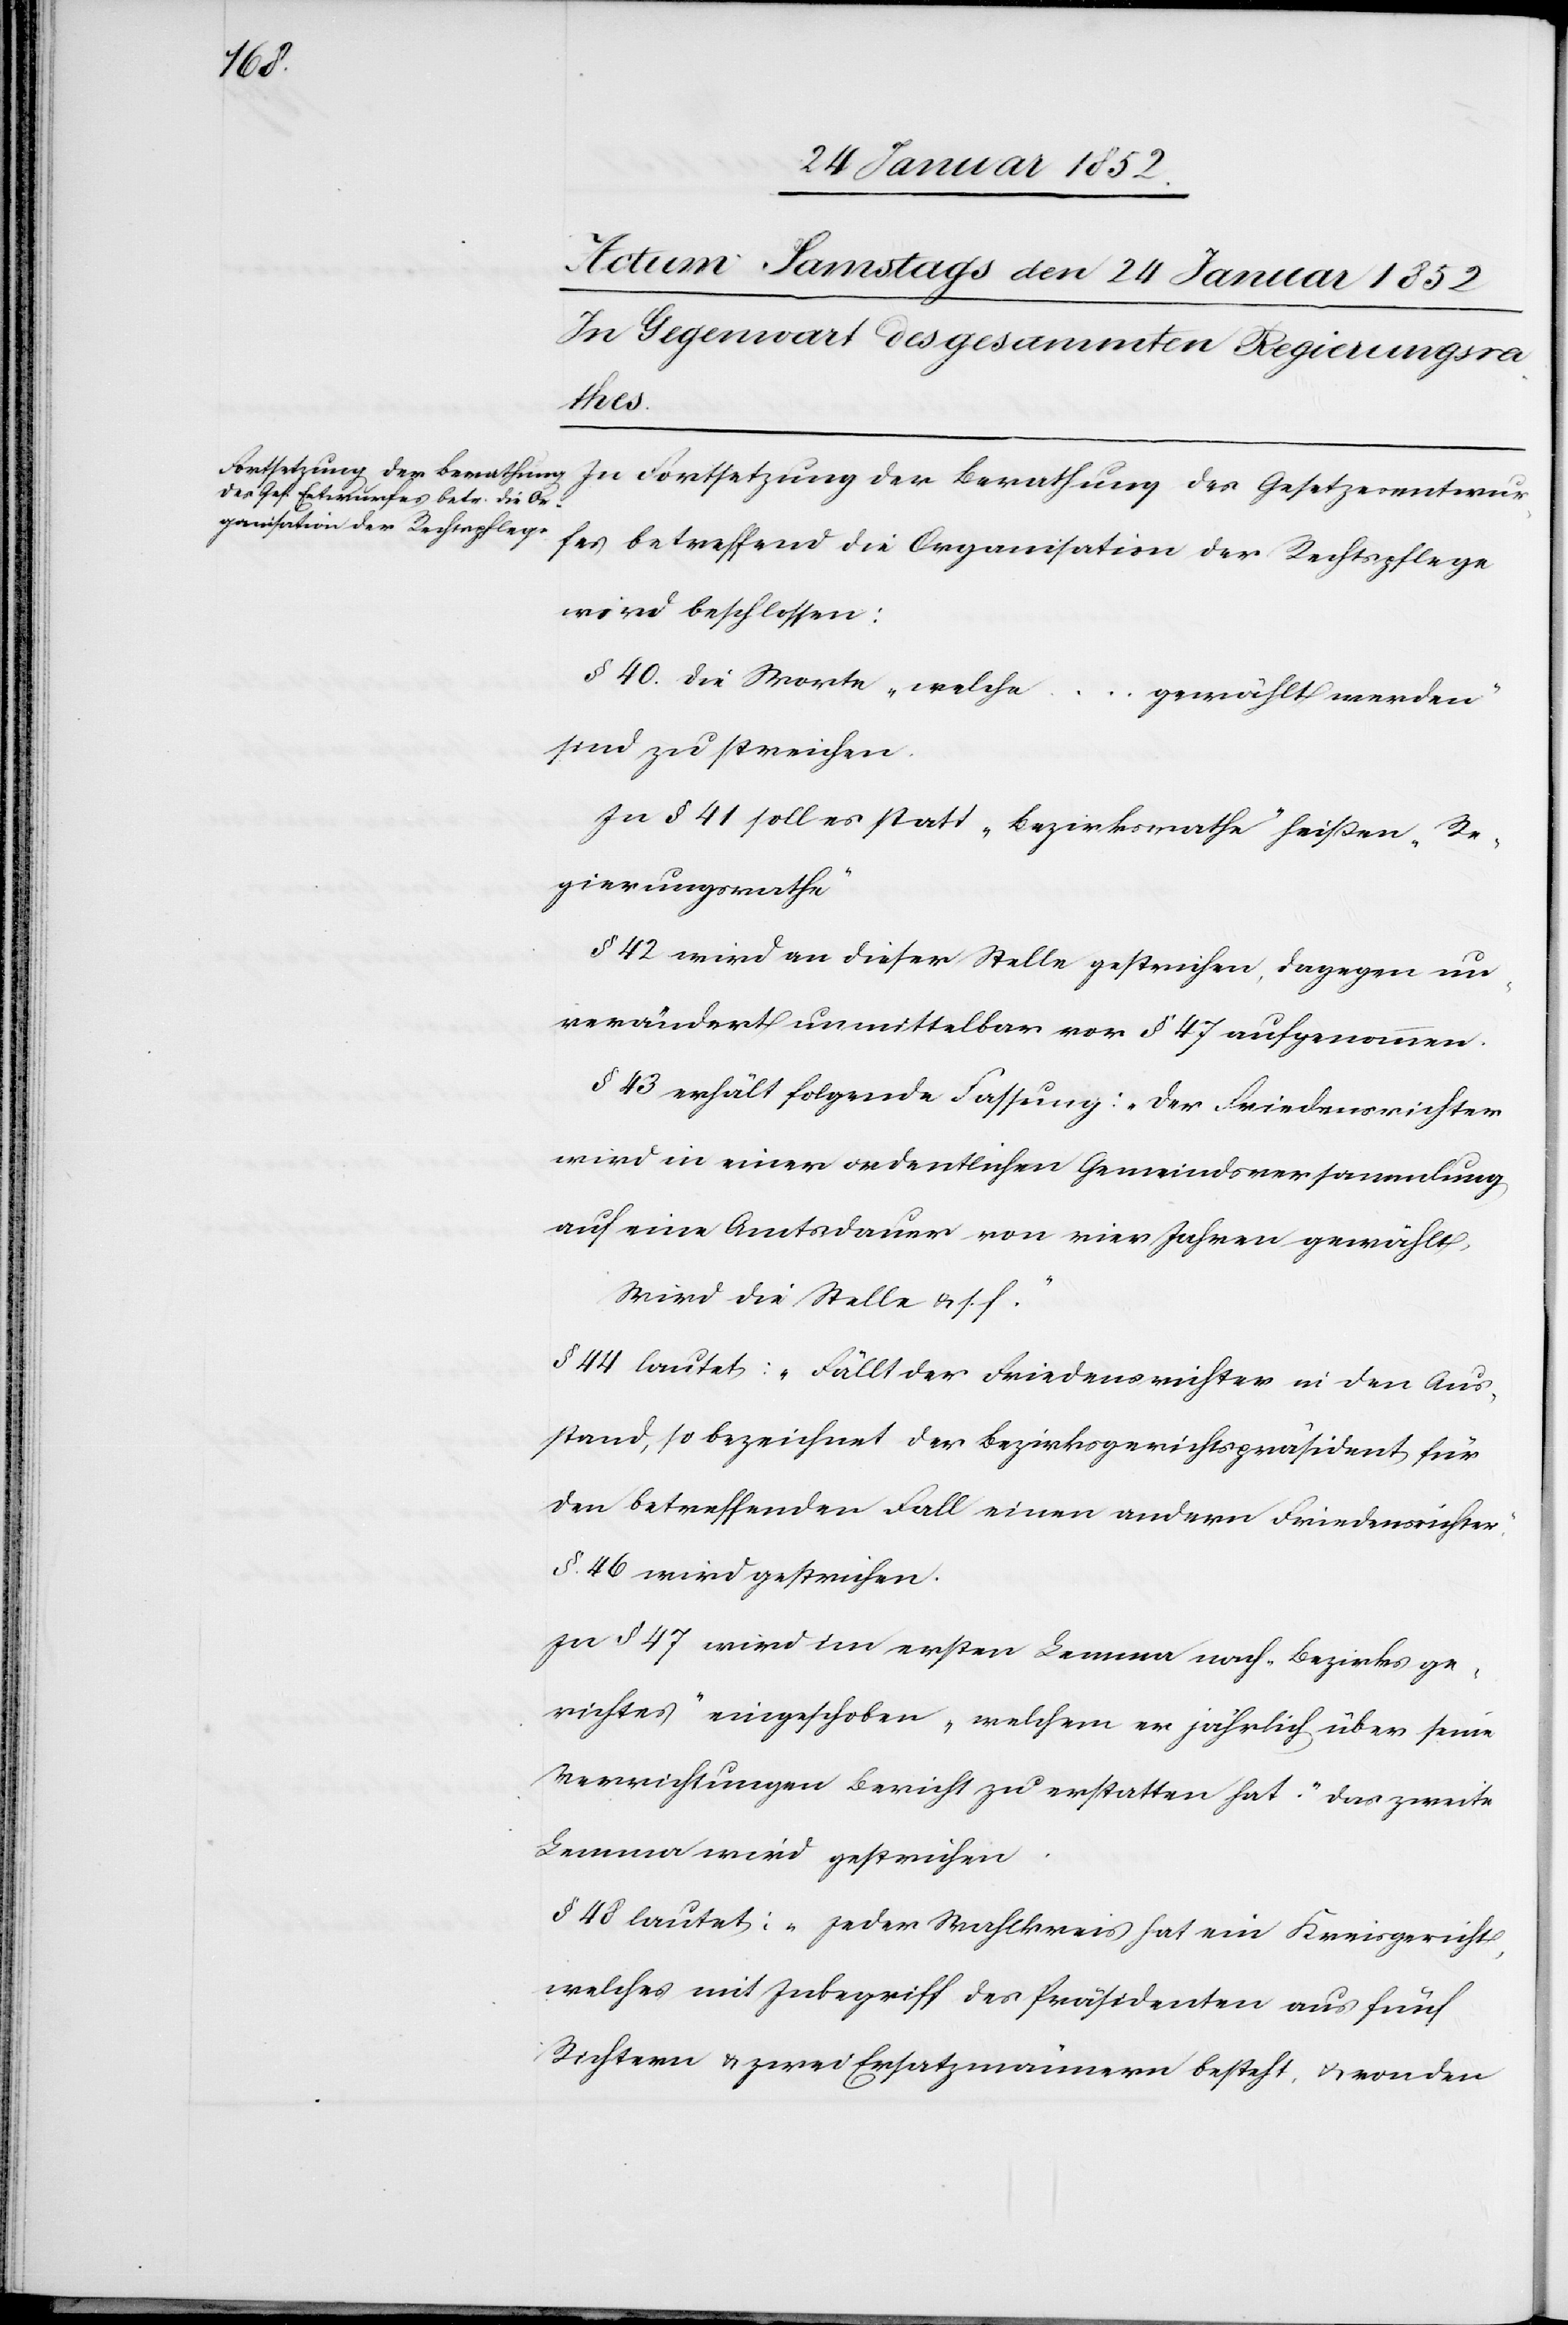
In Fortsetzung der Berathung des Gesetzesentwur¬
fes betreffend die Organisation der Rechtspflege
wird beschlossen:
§ 40. die Worte „welche … gewählt werden“
sind zu streichen.
In § 41 soll es statt „Bezirksrathe“ heißen, „Re¬
gierungsrathe“
§ 42 wird an dieser Stelle gestrichen, dagegen un¬
verändert unmittelbar von § 47 aufgenommen.
§ 43 erhält folgende Fassung: „der Friedensrichter
wird in einer ordentlichen Gemeindsversammlung
auf eine Amtsdauer von vier Jahren gewählt,
wird die Stelle u. s. f.“
§ 44 lautet: „Fällt der Friedensrichter in den Aus¬
stand, so bezeichnet der Bezirksgerichtspräsident für
den betreffenden Fall einen andern Friedensrichter.“
§ 46 wird gestrichen.
In § 47 wird im ersten Lemma noch „Bezirksge¬
richtes“ eingeschoben „welchem er jährlich über seine
Verrichtungen Bericht zu erstatten hat.“ Das zweite
Lemma wird gestrichen.
§ 48 lautet: „Jeder Nachweis hat ein Kreisgericht,
welches mit Inbegriff des Präsidenten aus fünf
Richtern u. zwei Ersatzmännern besteht, u. von den